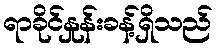
ရာခိုင်နှုန်းခန့်ရှိသည်